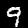
Label: 9